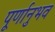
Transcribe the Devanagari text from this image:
पूर्णानुभव